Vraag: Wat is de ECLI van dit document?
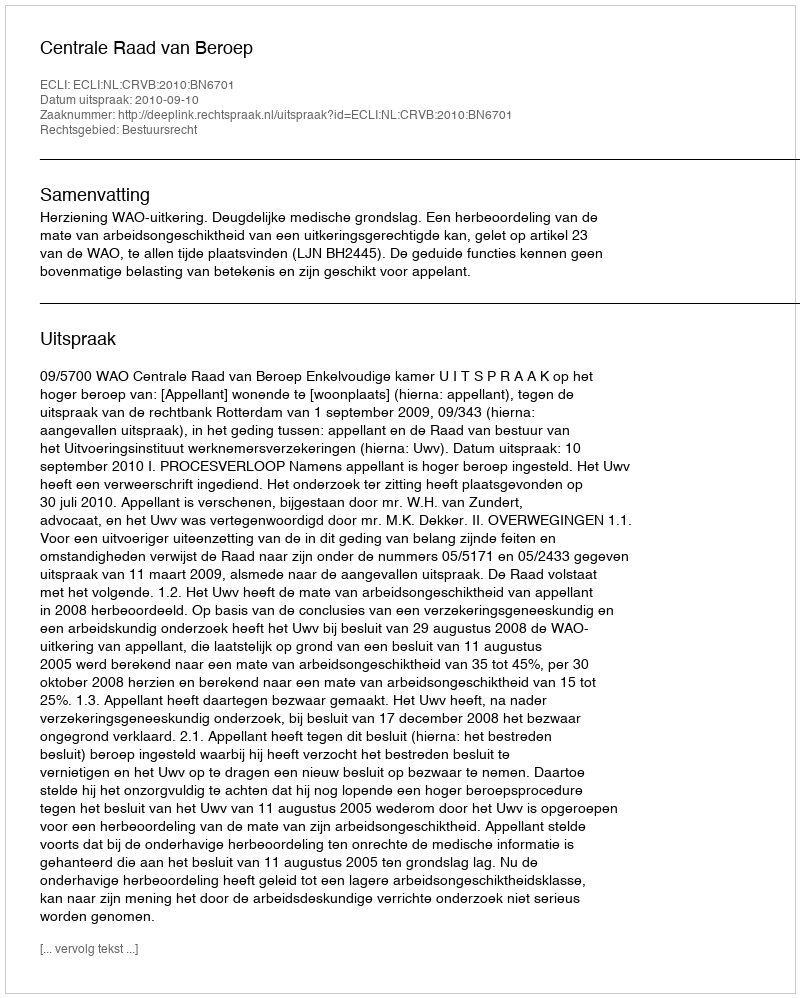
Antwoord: ECLI:NL:CRVB:2010:BN6701